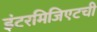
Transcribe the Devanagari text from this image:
इंटरमिजिएटची